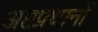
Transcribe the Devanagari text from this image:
अष्टप्रधानों